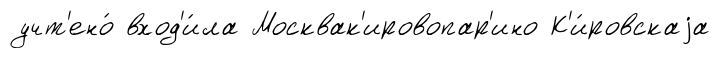
учт'ено́ вход'и́ла Москвак'ировопар'ино К'и́ровскаjа